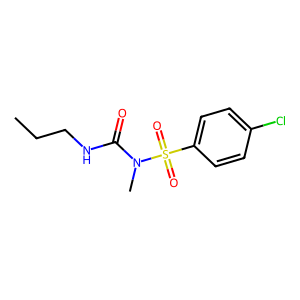
SMILES: CCCNC(=O)N(C)S(=O)(=O)c1ccc(Cl)cc1
Inhibits HIV replication: No